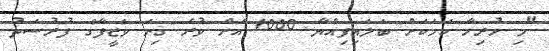
"މި ހުރިހާ ކަމަކަށް ބަލައިފިއްޔާ 1000 އަށް ވުރެ ގިނަ ވަޒީފާގެ ފުރުސަތު